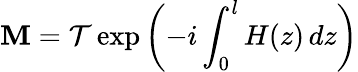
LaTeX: \mathbf{M}=\mathcal{{T}}\exp{\left(-i\int_{0}^{l}H(z)\, dz\right)}